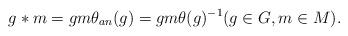
LaTeX: \begin{align*}g * m = g m \theta_{an} (g) = g m \theta(g)^{-1}(g\in G, m\in M).\end{align*}